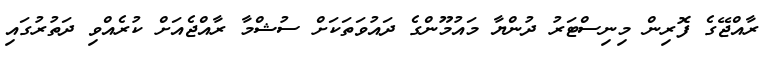
ރާއްޖޭގެ ފޮރިން މިނިސްޓަރު ދުންޔާ މައުމޫންގެ ދައުވަތަކަށް ސުޝްމާ ރާއްޖެއަށް ކުރެއްވި ދަތުރުގައި